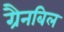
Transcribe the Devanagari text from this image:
ग्रैनबिल